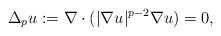
\begin{align*}\Delta_{p} u :=\nabla \cdot ( |\nabla u |^{p - 2} \nabla u ) = 0,\end{align*}